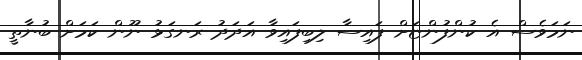
ނަމަވެސް އެ ކުންފުންޏަށް ފައިސާ ލިބިފައިވާ އަދަދު ރަނގަޅު ނޫން ކަމަށް ބުނާތީ